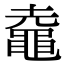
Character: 鼀